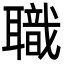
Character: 職